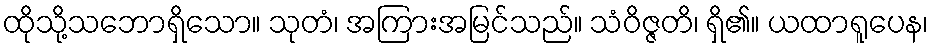
ထိုသို့သဘောရှိသော။ သုတံ၊ အကြားအမြင်သည်။ သံဝိဇ္ဇတိ၊ ရှိ၏။ ယထာရူပေန၊